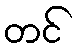
တင်